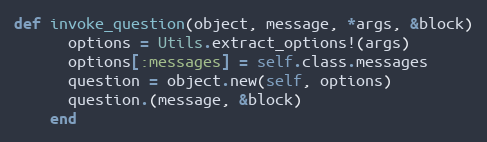
Language: Ruby
def invoke_question(object, message, *args, &block)
      options = Utils.extract_options!(args)
      options[:messages] = self.class.messages
      question = object.new(self, options)
      question.(message, &block)
    end